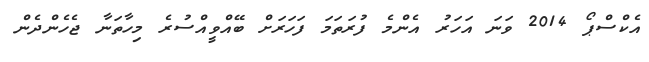
އެކްސްޕޯ 2014 ވަނަ އަހަރު އެންމެ ފުރަތަމަ ފަހަރަށް ބޭއްވީއްސުރެ މިހާތަނާ ޖެހެންދެން